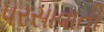
પરસાવાતી